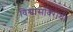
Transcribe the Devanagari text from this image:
विश्वासविरोधी